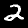
Label: 2